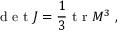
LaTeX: \textrm { d e t } J = \frac { 1 } { 3 } \textrm { t r } M ^ { 3 } \ ,